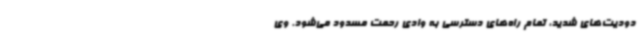
دودیت‌های شدید، تمام راه‌های دسترسی به وادی رحمت مسدود می‌شود. وی